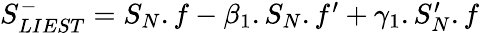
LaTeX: \begin{array}{r}{S_{LIEST}^{-}=S_{N}.f-\beta_{1}.S_{N}.f^{\prime}+\gamma_{1}.S_{N}^{\prime}.f}\end{array}